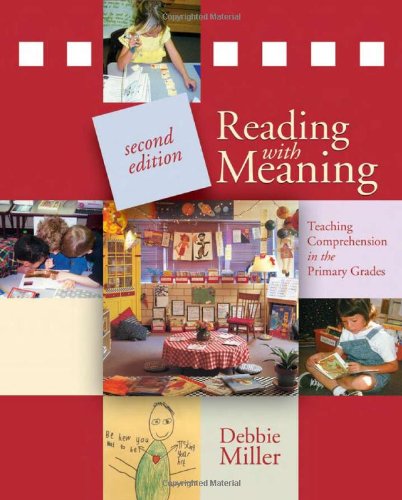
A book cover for Reading with Meaning, 2nd edition: Teaching Comprehension in the Primary Grades; Debbie Miller; Education & Teaching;